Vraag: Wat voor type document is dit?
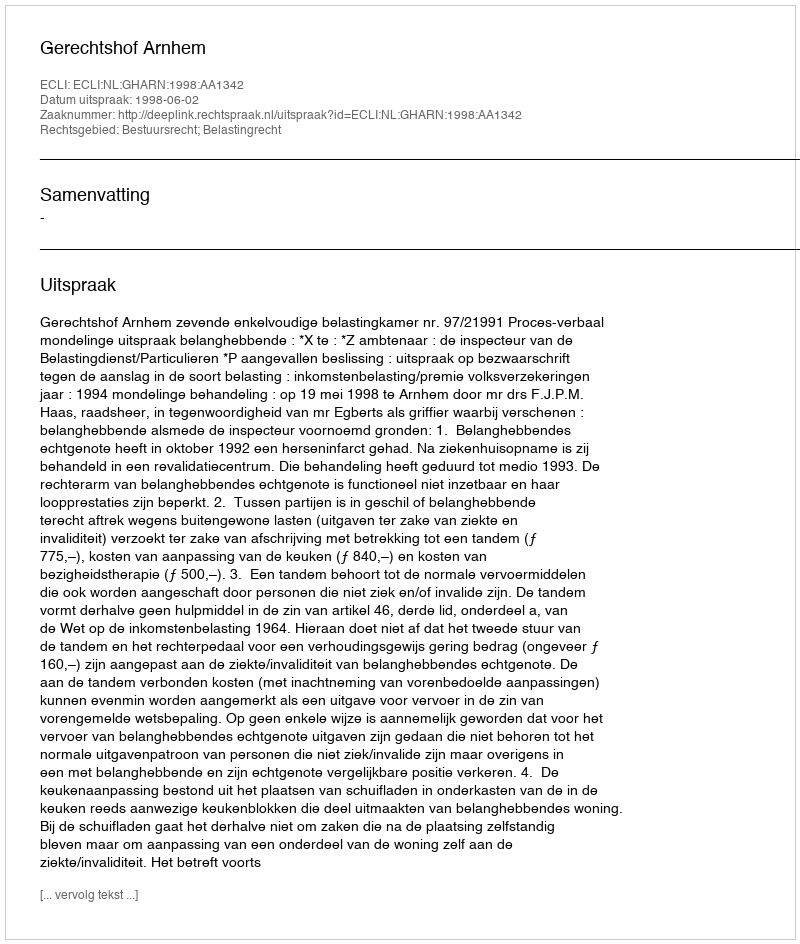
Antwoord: Uitspraak